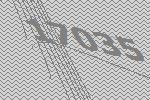
17035